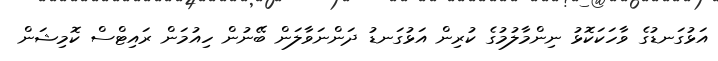
އަޅުގަނޑުގެ ވާހަކަކޮޅު ނިންމާލުމުގެ ކުރިން އަޅުގަނޑު ދަންނަވާލަން ބޭނުން ހިއުމަން ރައިޓްސް ކޮމިޝަން